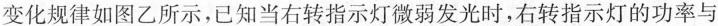
变化规律如图乙所示，已知当右转指示灯微弱发光时，右转指示灯的功率与